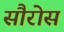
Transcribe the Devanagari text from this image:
सौरोस